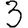
Digit: 3